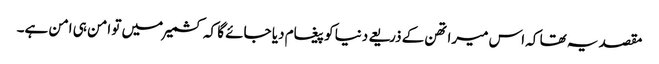
مقصد یہ تھا کہ اس میراتھن کے ذریعے دنیا کو پیغام دیا جائے گا کہ کشمیر میں تو امن ہی امن ہے۔